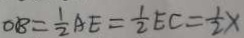
O B = \frac { 1 } { 2 } A E = \frac { 1 } { 2 } E C = \frac { 1 } { 2 } x